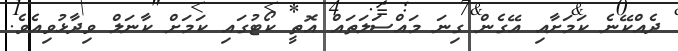
ދެއްކޭނެ ކަމަށާއި އޭގެން ގިނަ މައްސަލަތައް އޮތީ ކޯޓުގައި ކަމަށް ކާނަލް ވިދާޅުވިއެވެ.